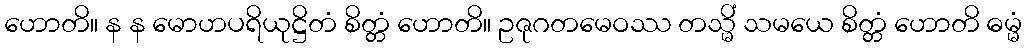
ဟောတိ။ န န မောဟပရိယုဋ္ဌိတံ စိတ္တံ ဟောတိ။ ဥဇုဂတမေဝဿ တသ္မိံ သမယေ စိတ္တံ ဟောတိ ဓမ္မံ